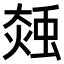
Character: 𧌝